Civil Veterinary Dept. North-West Frontier Province 1901-22 - 1901-1922
Year: 1901
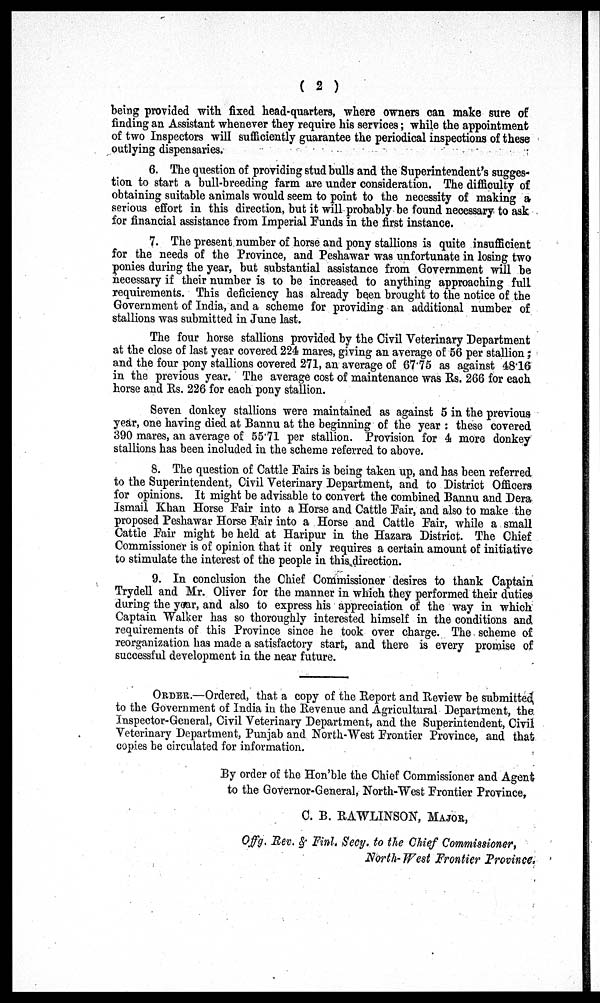
(2)
being provided with fixed head-quarters, where owners can make sure of
finding an Assistant whenever they require his services; while the appointment
of two Inspectors will sufficiently guarantee the periodical inspections of these
outlying dispensaries.
6. The question of providing stud bulls and the Superintendent's sugges-
tion to start a bull-breeding farm are under consideration. The difficulty of
obtaining suitable animals would seem to point to the necessity of making a
serious effort in this direction, but it will probably be found necessary to ask
for financial assistance from Imperial Funds in the first instance.
7. The present number of horse and pony stallions is quite insufficient
for the needs of the Province, and Peshawar was unfortunate in losing two
ponies during the year, but substantial assistance from Government will be
necessary if their number is to be increased to anything approaching full
requirements. This deficiency has already been brought to the notice of the
Government of India, and a scheme for providing an additional number of
stallions was submitted in June last.
The four horse stallions provided by the Civil Veterinary Department
at the close of last year covered 224 mares, giving an average of 56 per stallion;
and the four pony stallions covered 271, an average of 67.75 as against 48.16
in the previous year. The average cost of maintenance was Rs. 266 for each
horse and Rs. 226 for each pony stallion.
Seven donkey stallions were maintained as against 5 in the previous
year, one having died at Bannu at the beginning of the year: these covered
390 mares, an average of 55.71 per stallion. Provision for 4 more donkey
stallions has been included in the scheme referred to above.
8. The question of Cattle Fairs is being taken up, and has been referred
to the Superintendent, Civil Veterinary Department, and to District Officers
for opinions. It might be advisable to convert the combined Bannu and Dera
Ismail Khan Horse Fair into a Horse and Cattle Fair, and also to make the
proposed Peshawar Horse Fair into a Horse and Cattle Fair, while a small
Cattle Fair might be held at Haripur in the Hazara District. The Chief
Commissioner is of opinion that it only requires a certain amount of initiative
to stimulate the interest of the people in this direction.
9. In conclusion the Chief Commissioner desires to thank Captain
Trydell and Mr. Oliver for the manner in which they performed their duties
during the year, and also to express his appreciation of the way in which
Captain Walker has so thoroughly interested himself in the conditions and
requirements of this Province since he took over charge. The scheme of
reorganization has made a satisfactory start, and there is every promise of
successful development in the near future.
ORDER.—Ordered, that a copy of the Report and Review be submitted
to the Government of India in the Revenue and Agricultural Department, the
Inspector-General, Civil Veterinary Department, and the Superintendent, Civil
Veterinary Department, Punjab and North-West Frontier Province, and that
copies be circulated for information.
By order of the Hon'ble the Chief Commissioner and Agent
to the Governor-General, North-West Frontier Province,
C. B. RAWLINSON, MAJOR,
Offg. Rex. & Finl. Secy. to the Chief Commissioner,
North- West Frontier Province.